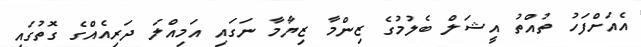
އެއަށްފަހު ތުއްތު އީޝަލް ބެލުމުގެ ޒިންމާ ޒިޔާމާ ނަގައި އަމިއްލަ ދަރިއެއްގެ ގޮތުގައި